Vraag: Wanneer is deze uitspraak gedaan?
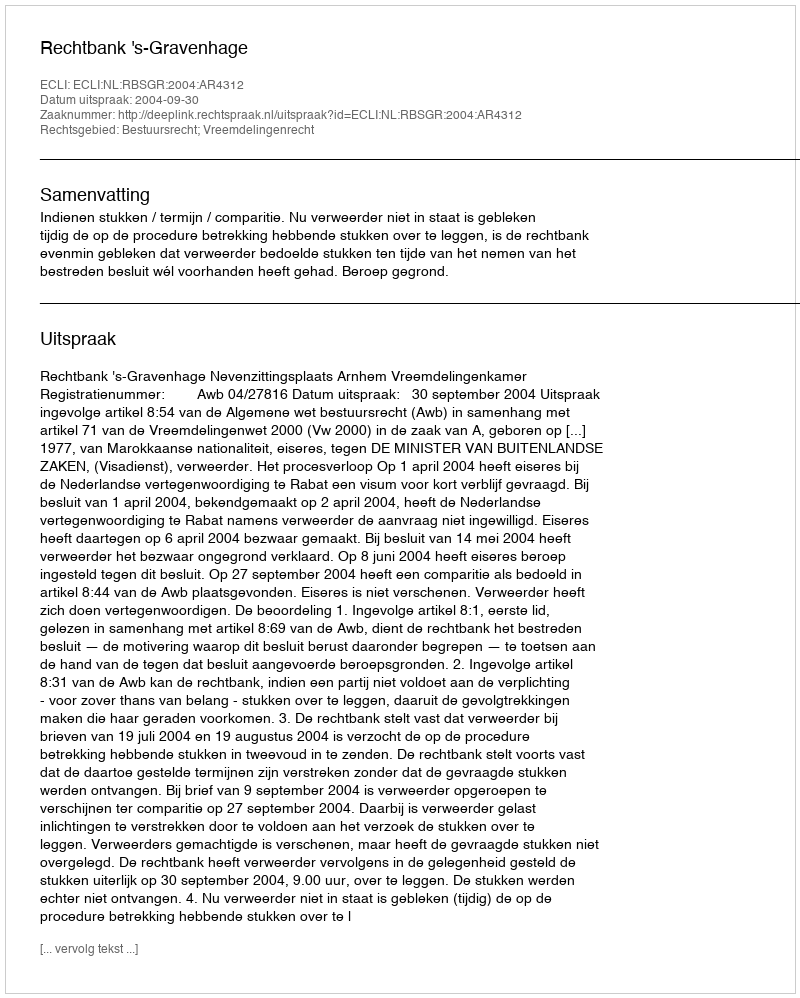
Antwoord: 2004-09-30